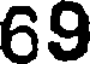
69